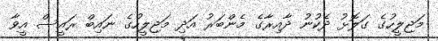
މަޖިލީހުގެ ގަލޮޅު ދެކުނު ދާއިރާގެ މެންބަރު އަދި މަޖިލީހުގެ ނައިބް ރައީސް އީވާ